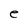
Character: e